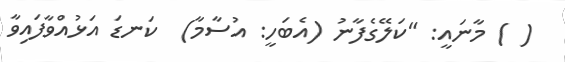
( ) މާނައީ: "ކަލޭގެފާނު (އެބަހީ: އުސާމާ)  ކަނޑަ އަޅުއްވާފައިވާ